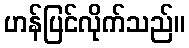
ဟန်ပြင်လိုက်သည်။